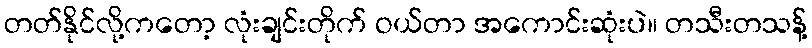
တတ်နိုင်လို့ကတော့ လုံးချင်းတိုက် ဝယ်တာ အကောင်းဆုံးပဲ။ တသီးတသန့်